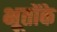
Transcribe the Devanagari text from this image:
भूतोंके